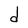
Character: d